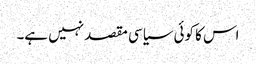
اس کا کوئی سیاسی مقصد نہیں ہے۔